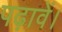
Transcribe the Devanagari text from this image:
पढ़ावें।